Leprosy in India: report of the Leprosy Commission in India, 1890-91
Year: 1890
Disease focus: Leprosy
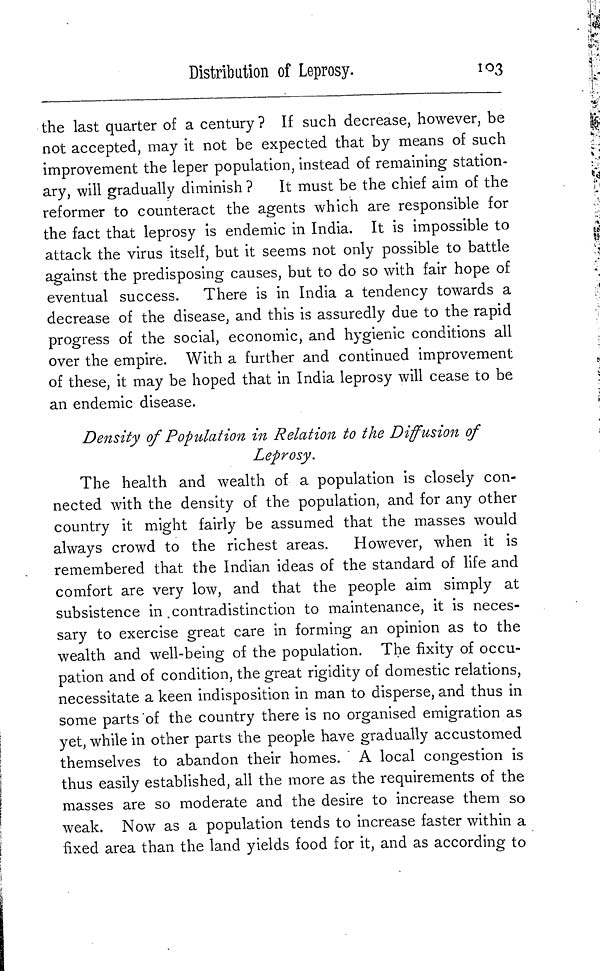
Distribution of Leprosy.
103
the last quarter of a century ? If such decrease, however, be
not accepted, may it not be expected that by means of such
improvement the leper population, instead of remaining station-
ary, will gradually diminish ? It must be the chief aim of the
reformer to counteract the agents which are responsible for
the fact that leprosy is endemic in India. It is impossible to
attack the virus itself, but it seems not only possible to battle
against the predisposing causes, but to do so with fair hope of
eventual success. There is in India a tendency towards a
decrease of the disease, and this is assuredly due to the rapid
progress of the social, economic, and hygienic conditions all
over the empire. With a further and continued improvement
of these, it may be hoped that in India leprosy will cease to be
an endemic disease.
Density of Population in Relation to the Diffusion of
Leprosy.
The health and wealth of a population is closely con-
nected with the density of the population, and for any other
country it might fairly be assumed that the masses would
always crowd to the richest areas.
However, when it is
remembered that the Indian ideas of the standard of life and
comfort are very low, and that the people aim simply at
subsistence in contradistinction to maintenance, it is neces-
sary to exercise great care in forming an opinion as to the
wealth and well-being of the population. The fixity of occu-
pation and of condition, the great rigidity of domestic relations,
necessitate a keen indisposition in man to disperse, and thus in
some parts of the country there is no organised emigration as
yet, while in other parts the people have gradually accustomed
themselves to abandon their homes. ' A local congestion is
thus easily established, all the more as the requirements of the
masses are so moderate and the desire to increase them so
weak. Now as a population tends to increase faster within a
fixed area than the land yields food for it, and as according to